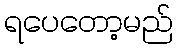
ရပေတော့မည်